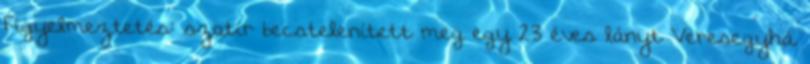
Figyelmeztetés: szatír becstelenített meg egy 23 éves lányt Veresegyhá.